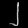
Digit: ၂